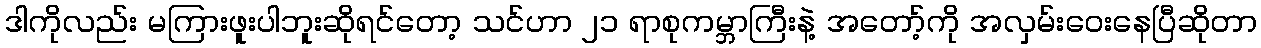
ဒါကိုလည်း မကြားဖူးပါဘူးဆိုရင်တော့ သင်ဟာ ၂၁ ရာစုကမ္ဘာကြီးနဲ့ အတော့်ကို အလှမ်းဝေးနေပြီဆိုတာ